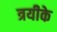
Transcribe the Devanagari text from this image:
त्रयीके